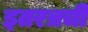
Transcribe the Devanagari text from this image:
इतरत्रची